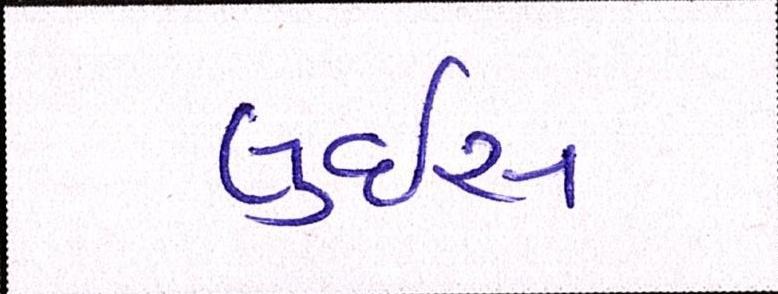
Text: લુઇસ